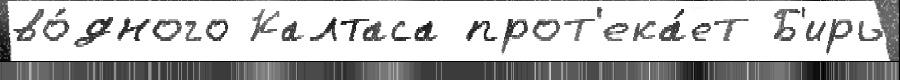
во́дного Калтаса прот'ека́ет Б'ирь